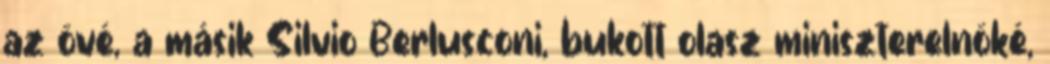
az övé, a másik Silvio Berlusconi, bukott olasz miniszterelnöké,